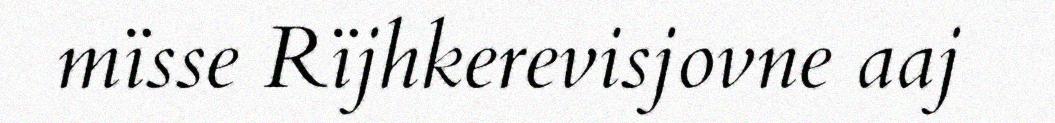
mïsse Rïjhkerevisjovne aaj